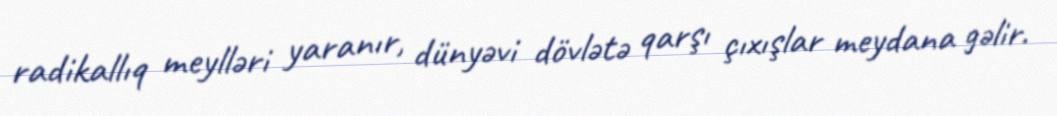
radikallıq meylləri yaranır, dünyəvi dövlətə qarşı çıxışlar meydana gəlir.